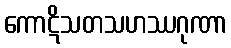
ကောဋိသတသဟဿဂုဏာ